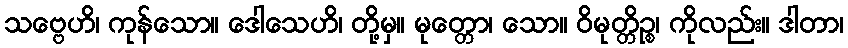
သဗ္ဗေဟိ၊ ကုန်သော။ ဒေါသေဟိ၊ တို့မှ။ မုတ္တော၊ သော။ ဝိမုတ္တိဉ္စ၊ ကိုလည်း။ ဒါတာ၊